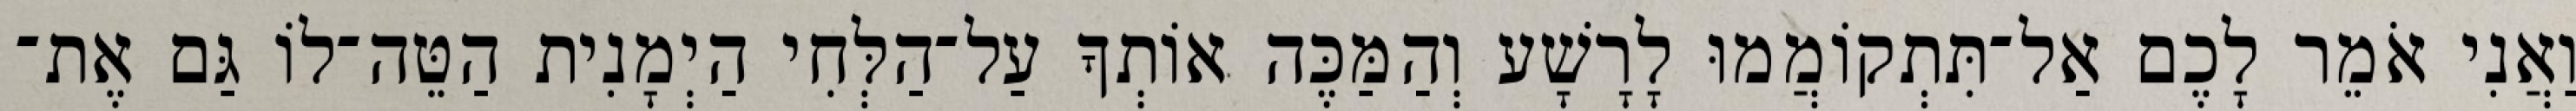
וַאֲנִי אֹמֵר לָכֶם אַל־תִּתְקוֹמֲמוּ לָרָשָׁע וְהַמַּכֶּה אוֹתְךָ עַל־הַלְּחִי הַיְמָנִית הַטֵּה־לוֹ גַּם אֶת־